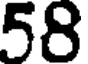
58